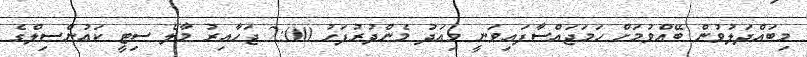
މިބައްދަލުވުން ބޭއްވުމަށް ހަމަޖައްސާފައިވަނީ މިއަދު މެންދުރުފަހު 2:00 ޖަހާއިރު މާލެ ސިޓީ ކައުންސިލްގެ